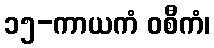
၁၅-ကာယကံ ဝစီကံ၊